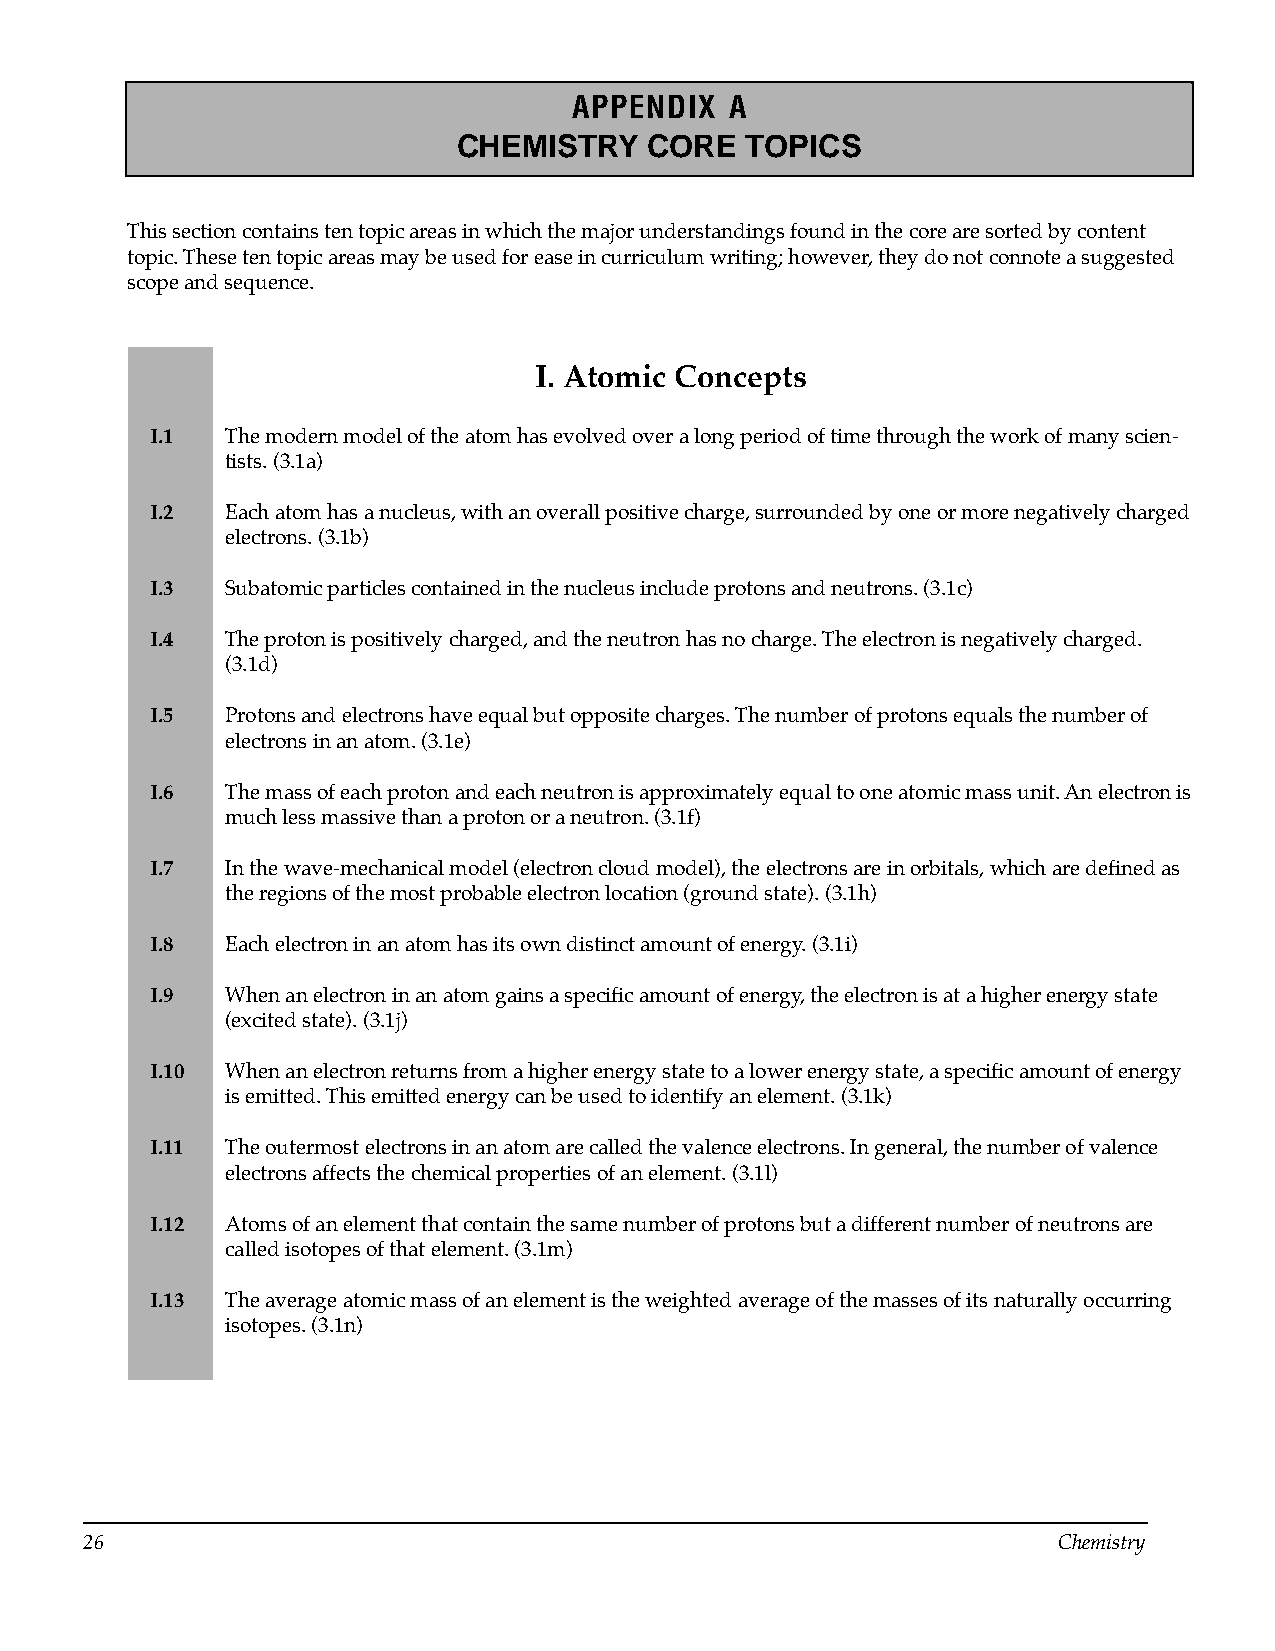
APPENDIX  A
 CHEMISTRY    CORE  TOPICS
 This section contains ten topic areas in which the major understandings found in the core are sorted by content
 topic. These ten topic areas may be used for ease in curriculum writing; however, they do not connote a suggested
 scope and sequence.
 I. Atomic Concepts
 I.1  The modern model of the atom has evolved over a long period of time through the work of many scien­
 tists. (3.1a)
 I.2  Each atom has a nucleus, with an overall positive charge, surrounded by one or more negatively charged
 electrons. (3.1b)
 I.3  Subatomic particles contained in the nucleus include protons and neutrons. (3.1c)
 I.4  The proton is positively charged, and the neutron has no charge. The electron is negatively charged.
 (3.1d)
 I.5  Protons and electrons have equal but opposite charges. The number of protons equals the number of
 electrons in an atom. (3.1e)
 I.6  The mass of each proton and each neutron is approximately equal to one atomic mass unit. An electron is
 much less massive than a proton or a neutron. (3.1f)
 I.7  In the wave-mechanical model (electron cloud model), the electrons are in orbitals, which are defined as
 the regions of the most probable electron location (ground state). (3.1h)
 I.8  Each electron in an atom has its own distinct amount of energy. (3.1i)
 I.9  When an electron in an atom gains a specific amount of energy, the electron is at a higher energy state
 (excited state). (3.1j)
 I.10 When an electron returns from a higher energy state to a lower energy state, a specific amount of energy
 is emitted. This emitted energy can be used to identify an element. (3.1k)
 I.11 The outermost electrons in an atom are called the valence electrons. In general, the number of valence
 electrons affects the chemical properties of an element. (3.1l)
 I.12 Atoms of an element that contain the same number of protons but a different number of neutrons are
 called isotopes of that element. (3.1m)
 I.13 The average atomic mass of an element is the weighted average of the masses of its naturally occurring
 isotopes. (3.1n)
 26                                                              Chemistry